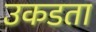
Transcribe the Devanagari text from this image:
उकडता